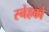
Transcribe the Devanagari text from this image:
स्नेहको